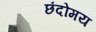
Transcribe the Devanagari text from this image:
छंदोमय